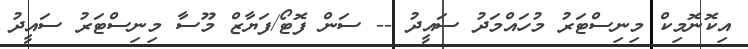
އިކޮނޮމިކް މިނިސްޓަރު މުހައްމަދު ސައީދު -- ސަން ފޮޓޯ/ފަޔާޒް މޫސާ މިނިސްޓަރު ސައީދު